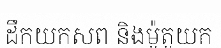
ដឹកយកសព និងម៉ូតូយក